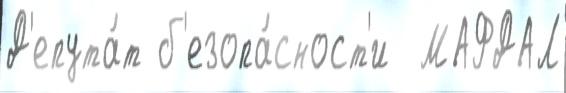
Д'епута́т б'езопа́сност'и  МАФДАЛ